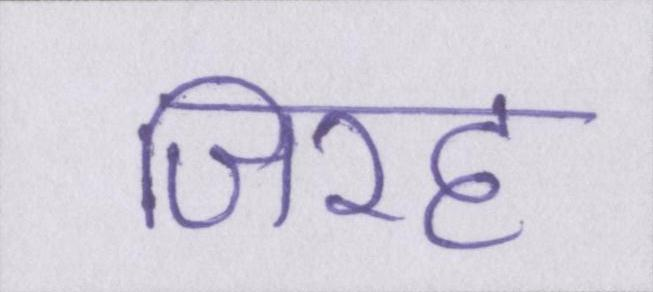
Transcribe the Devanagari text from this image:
जिरह